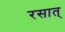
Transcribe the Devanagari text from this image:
रसात्